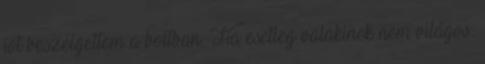
jót beszélgettem a boltban. Ha esetleg valakinek nem világos: